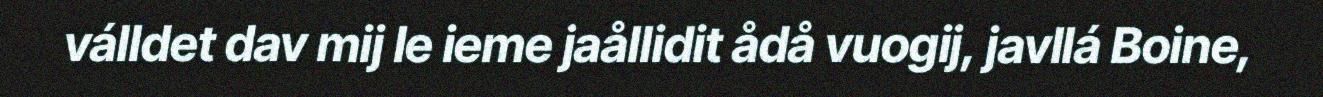
válldet dav mij le ieme jaållidit ådå vuogij, javllá Boine,